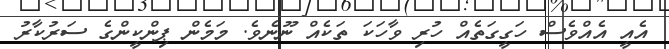
އެއީ އެއްވެސް ހަގީގަތެއް ހުރި ވާހަކަ ތަކެއް ނޫނެވެ. މަމެން ޕިންކީންގެ ސަރުކާރު